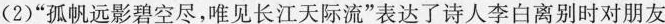
(2)”孤帆远影碧空尽，唯见长江天际流”表达了诗人李白离别时对朋友